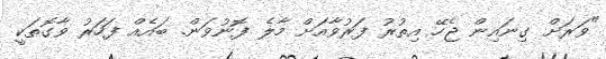
"ވަރަށް ގިނައިން ޖެހޭ އިތުރު ފަރުވާއަށް މާލެ ފޮނުވަން. ބައެއް ފަހަރު ވާގޮތަކީ